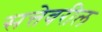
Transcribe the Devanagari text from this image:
सत्तेवरील